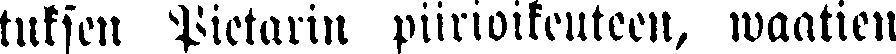
tuksen Pietarin piirioikeuteen, waatien